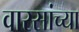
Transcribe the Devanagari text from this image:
वारसांच्या